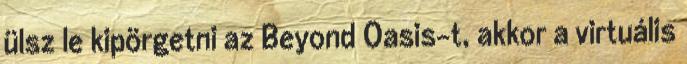
ülsz le kipörgetni az Beyond Oasis-t, akkor a virtuális